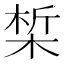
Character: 椞